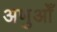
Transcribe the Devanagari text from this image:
अणुओँ